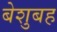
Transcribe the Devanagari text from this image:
बेशुबह